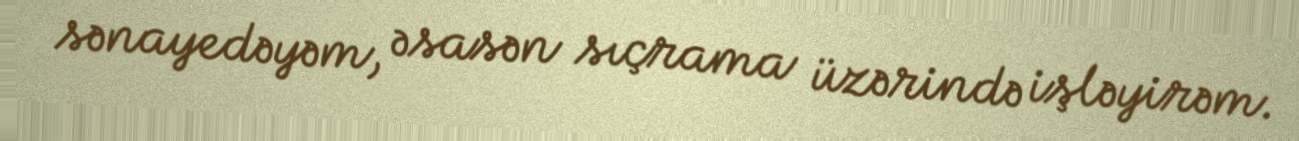
sənayedəyəm, əsasən sıçrama üzərində işləyirəm.